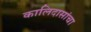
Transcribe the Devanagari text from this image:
कालिदासांचा